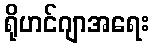
ရိုဟင်ဂျာအရေး